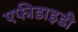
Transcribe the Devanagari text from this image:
एफीडाइडी